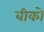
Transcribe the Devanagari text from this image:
बीको